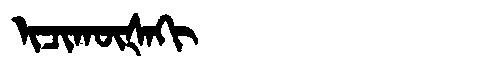
Manchu: ᡳᠴᡳᡴᡡᡧᠠᡴᡳ
Romanization: ICIKŪŠAKI